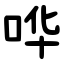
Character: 哗